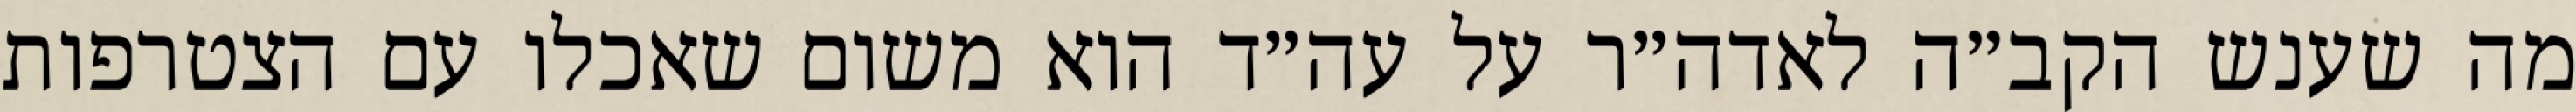
מה שענש הקב״ה לאדה״ר על עה״ד הוא משום שאכלו עם הצטרפות